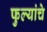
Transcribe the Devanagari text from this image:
फुल्यांचे